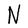
Character: N